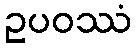
ဥပဝဿံ